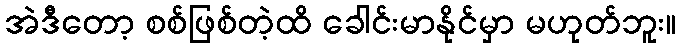
အဲဒီတော့ စစ်ဖြစ်တဲ့ထိ ခေါင်းမာနိုင်မှာ မဟုတ်ဘူး။